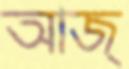
আজ্